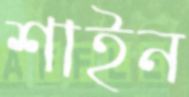
শাইন